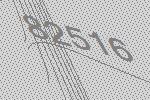
82516